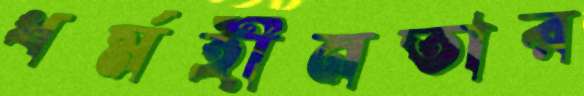
ধর্মহীনতার